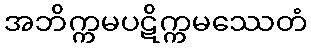
အဘိက္ကမပဋိက္ကမဿေတံ